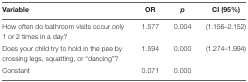
<table><thead><tr><td><b>Variable</b></td><td><b>OR</b></td><td><b><i>p</i></b></td><td><b>CI (95%)</b></td></tr></thead><tbody><tr><td>How often do bathroom visits occur only 1 or 2 times in a day?</td><td>1.577</td><td>0.004</td><td>(1.156–2.152)</td></tr><tr><td>Does your child try to hold in the pee by crossing legs, squatting, or “dancing”?</td><td>1.594</td><td>0.000</td><td>(1.274–1.994)</td></tr><tr><td>Constant</td><td>0.071</td><td>0.000</td><td></td></tr></tbody></table>